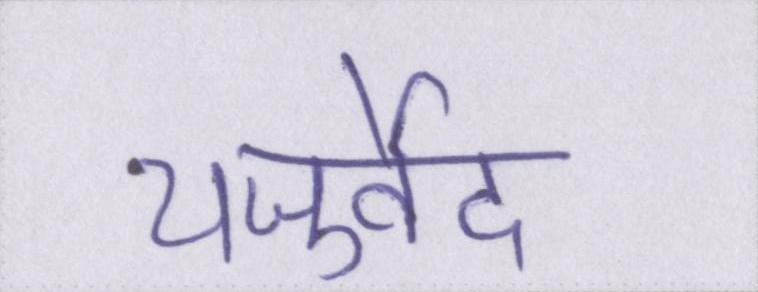
यजुर्वेद